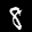
Label: 8